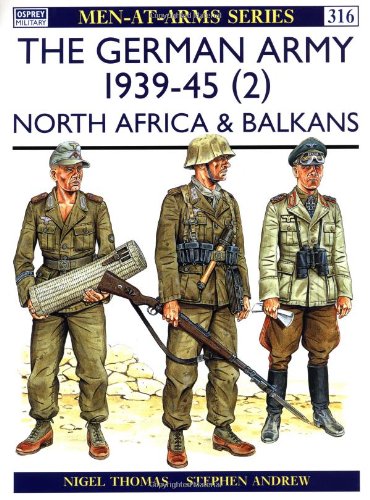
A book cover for The German Army 1939-45 (2) : North Africa & Balkans (Men-At-Arms Series, 316); Nigel Thomas; History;